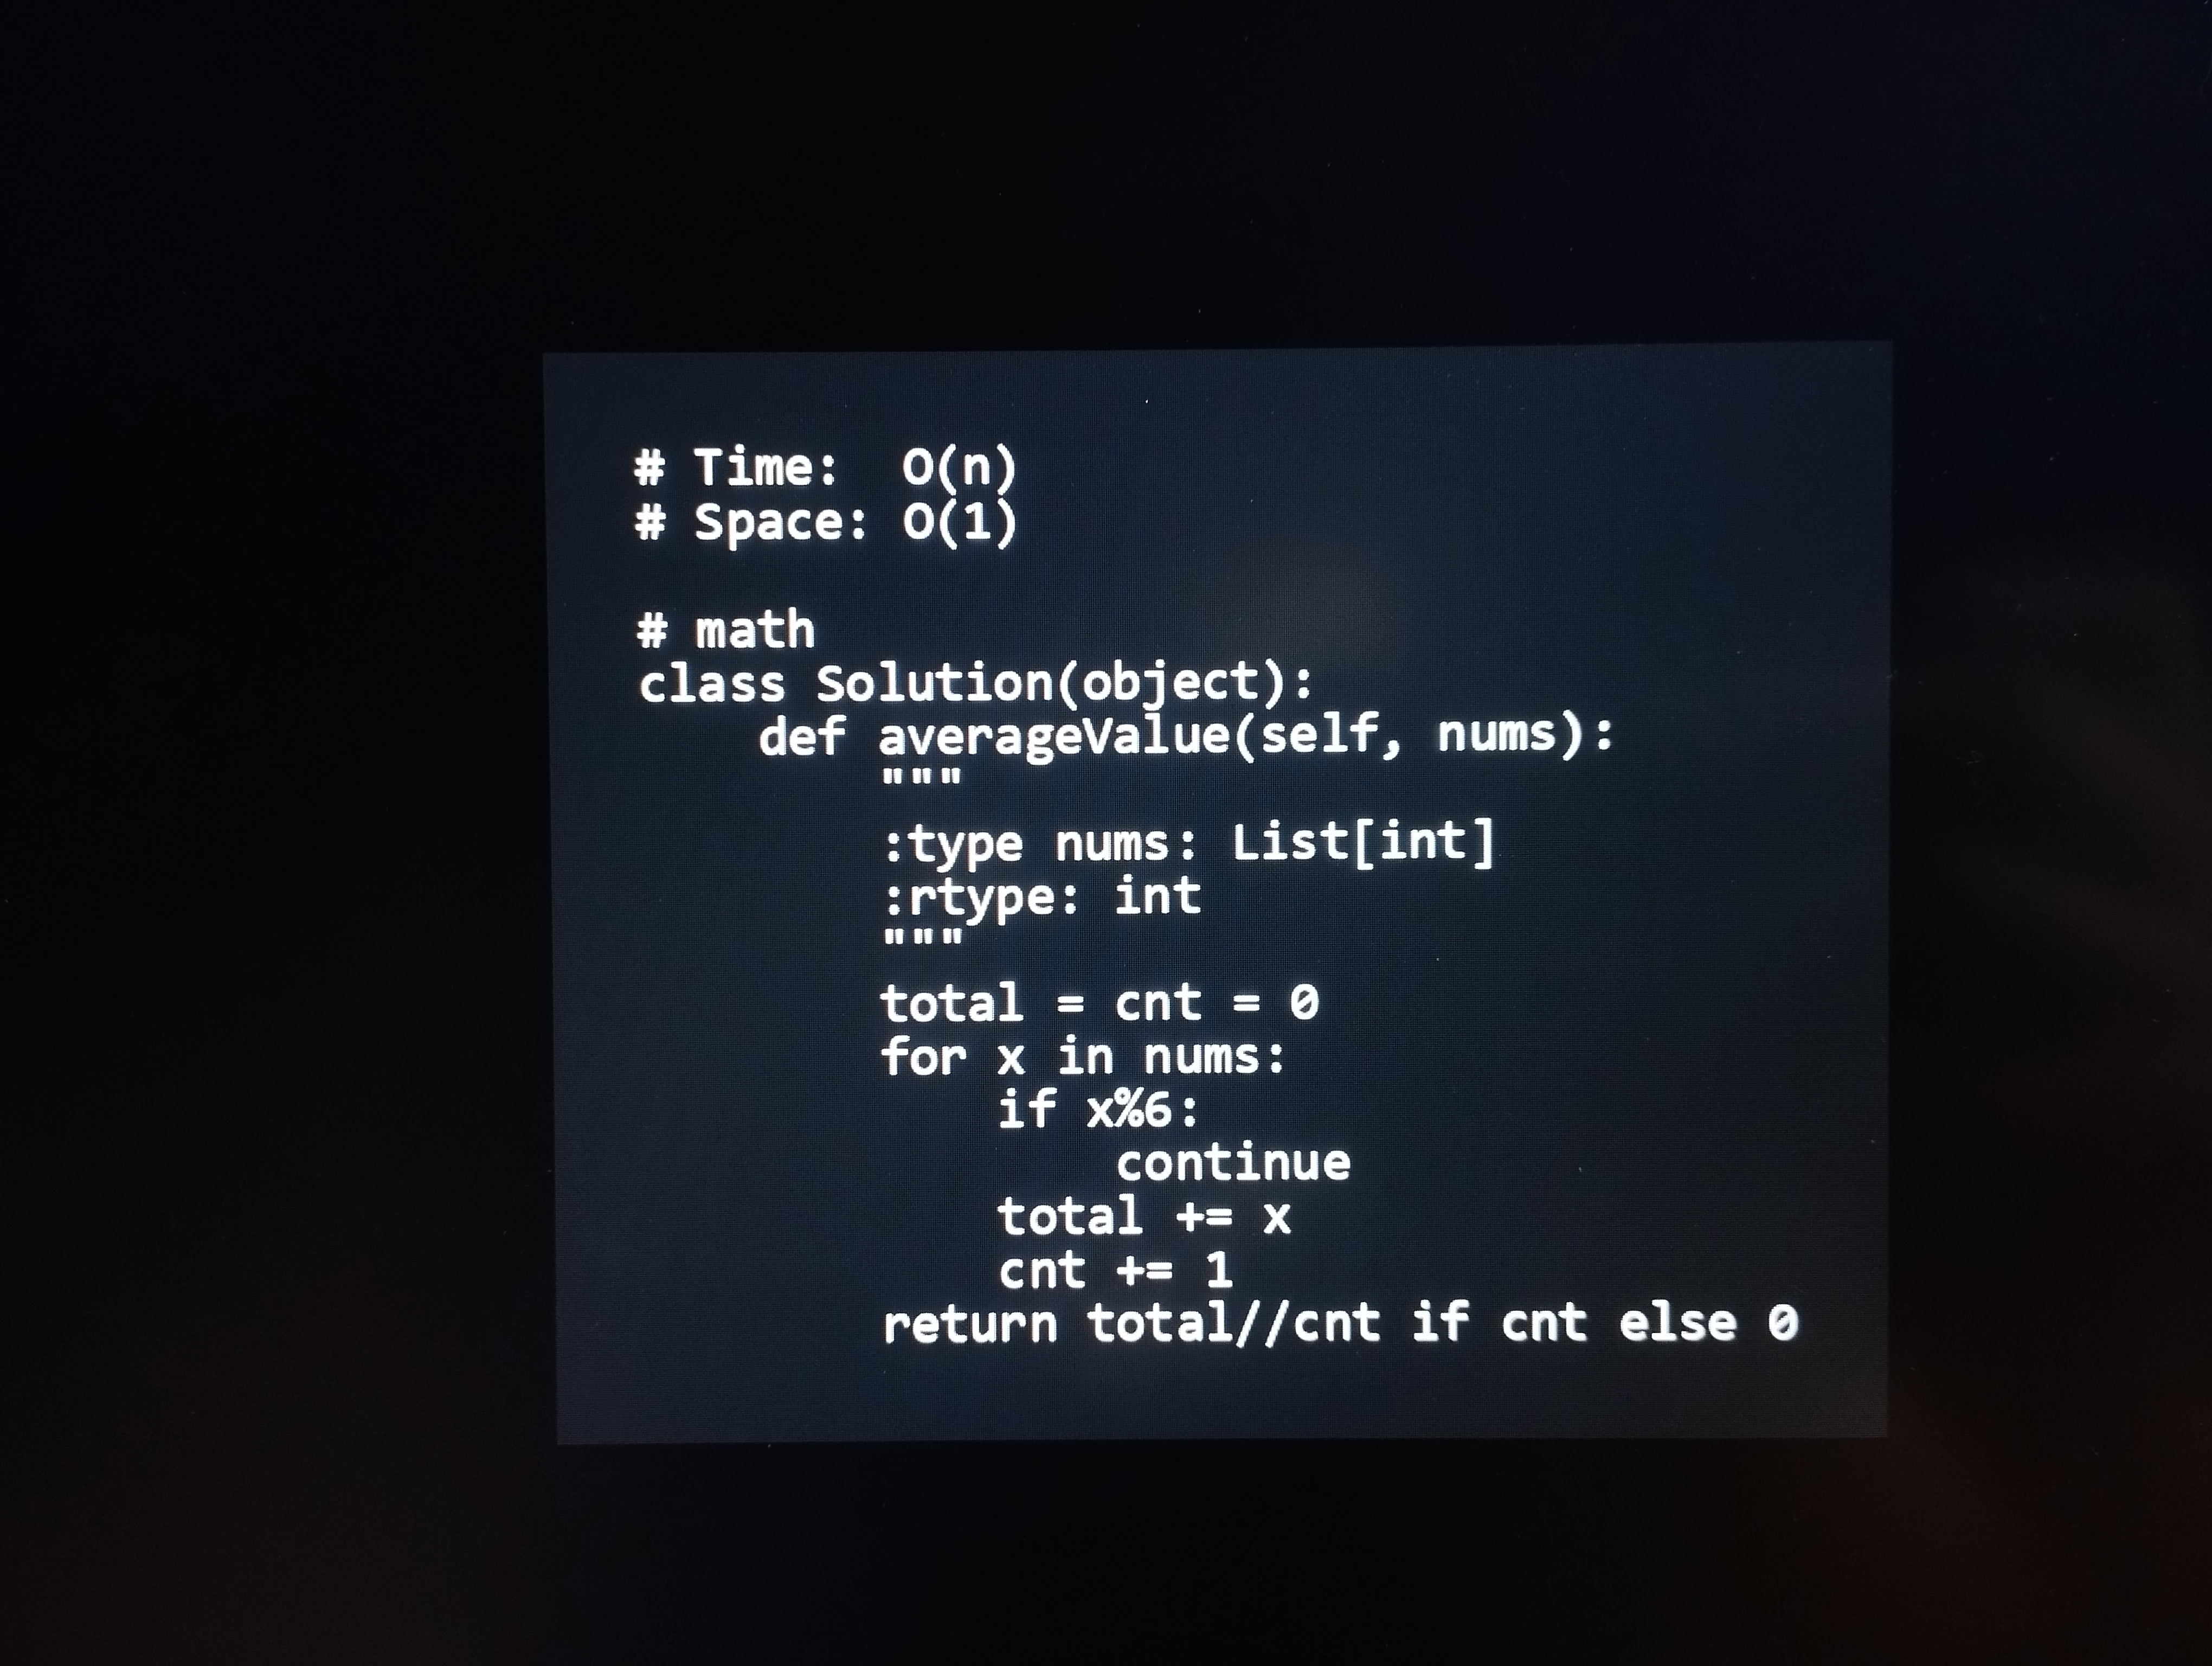
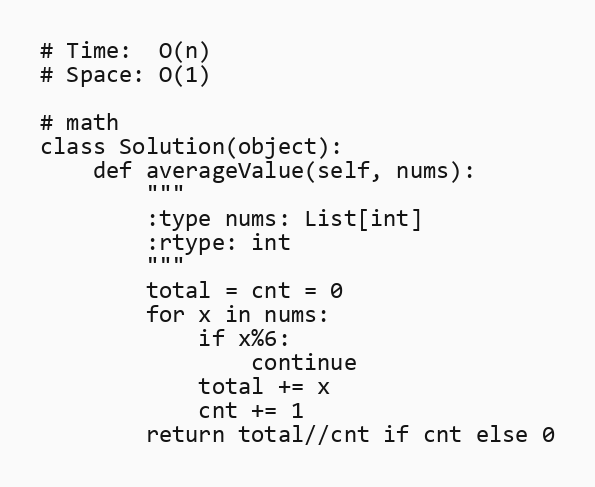
# Time:  O(n)
# Space: O(1)

# math
class Solution(object):
    def averageValue(self, nums):
        """
        :type nums: List[int]
        :rtype: int
        """
        total = cnt = 0
        for x in nums:
            if x%6:
                continue
            total += x
            cnt += 1
        return total//cnt if cnt else 0